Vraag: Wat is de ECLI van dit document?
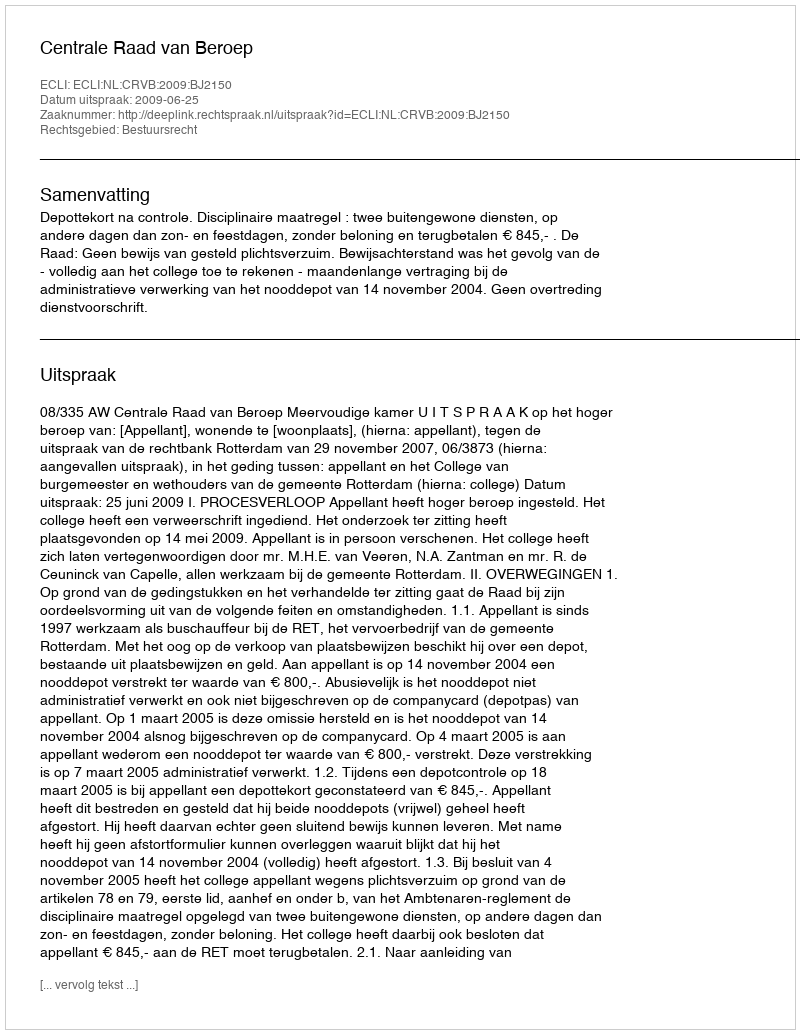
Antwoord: ECLI:NL:CRVB:2009:BJ2150